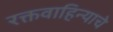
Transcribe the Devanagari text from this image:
रक्तवाहिन्याचे